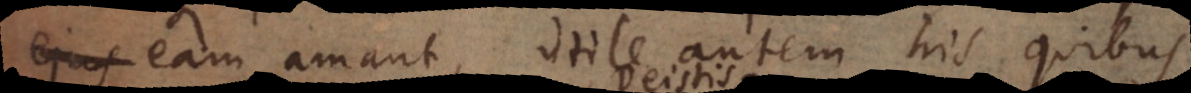
eam amant, utile autem his quibus